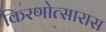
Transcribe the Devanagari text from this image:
किरणोत्सारास